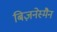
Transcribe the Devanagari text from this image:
बिज़नेस्मैन